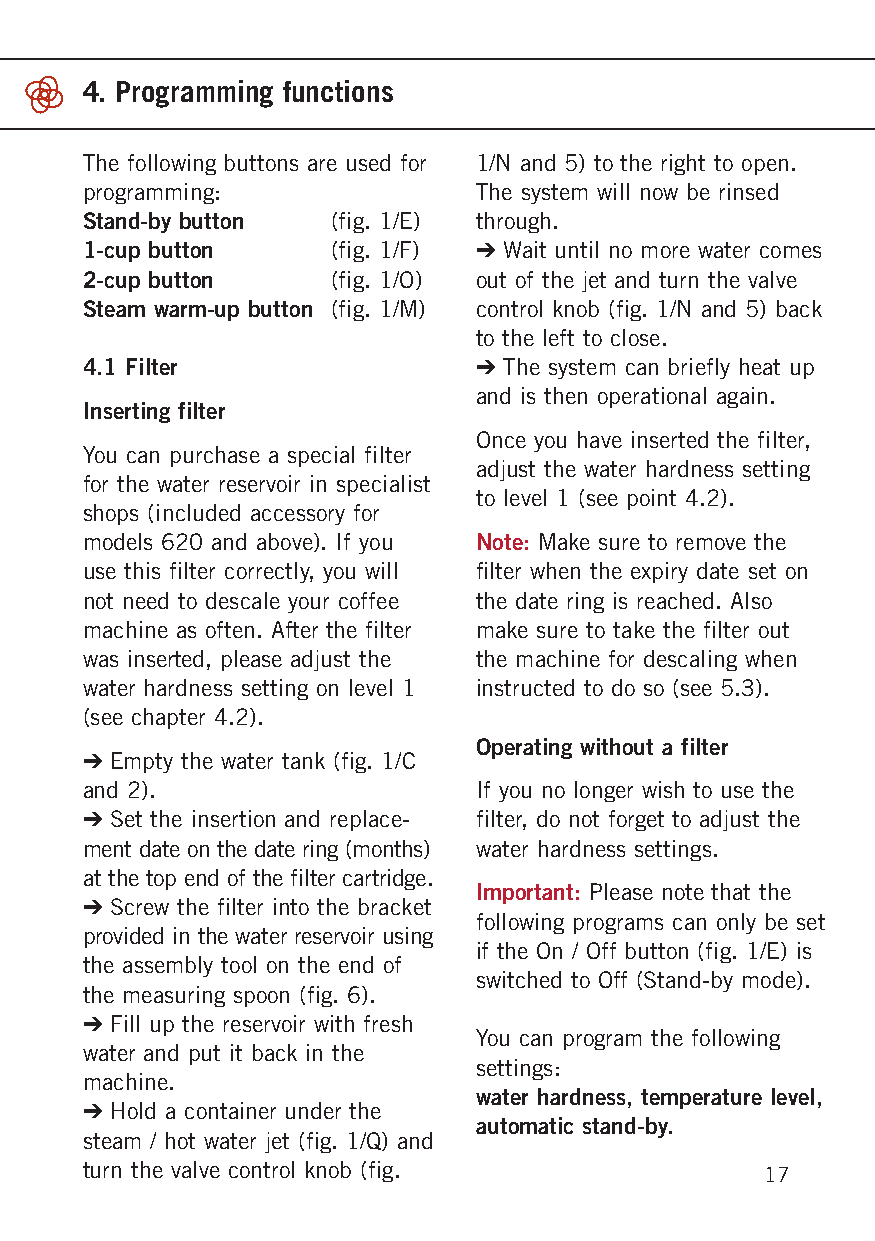
4. Programming functions
 The following buttons are used for 1/N and 5) to the right to open.
 programming:              The system will now be rinsed
 Stand-by button  (fig. 1/E) through.
 1-cup button     (fig. 1/F) ➔ Wait until no more water comes
 2-cup button     (fig. 1/O) out of the jet and turn the valve
 Steam warm-up button (fig. 1/M) control knob (fig. 1/N and 5) back
 to the left to close.
 4.1 Filter                ➔ The system can briefly heat up
 and is then operational again.
 Inserting filter
 Once you have inserted the filter,
 You can purchase a special filter
 adjust the water hardness setting
 for the water reservoir in specialist
 to level 1 (see point 4.2).
 shops (included accessory for
 models 620 and above). If you Note: Make sure to remove the
 use this filter correctly, you will filter when the expiry date set on
 not need to descale your coffee the date ring is reached. Also
 machine as often. After the filter make sure to take the filter out
 was inserted, please adjust the the machine for descaling when
 water hardness setting on level 1 instructed to do so (see 5.3).
 (see chapter 4.2).
 Operating without a filter
 ➔ Empty the water tank (fig. 1/C
 and 2).                   If you no longer wish to use the
 ➔ Set the insertion and replace- filter, do not forget to adjust the
 ment date on the date ring (months) water hardness settings.
 at the top end of the filter cartridge.
 Important: Please note that the
 ➔ Screw the filter into the bracket
 following programs can only be set
 provided in the water reservoir usi ng
 if the On / Off button (fig. 1/E) is
 the assembly tool on the end of
 switched to Off (Stand-by mode).
 the measuring spoon (fig. 6).
 ➔ Fill up the reservoir with fresh
 You can program the following
 water and put it back in the
 settings:
 machine.
 water hardness, temperature level,
 ➔ Hold a container under the
 automatic stand-by.
 steam / hot water jet (fig. 1/Q) and
 turn the valve control knob (fig.             17